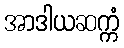
အာဒါယဆက္ကံ